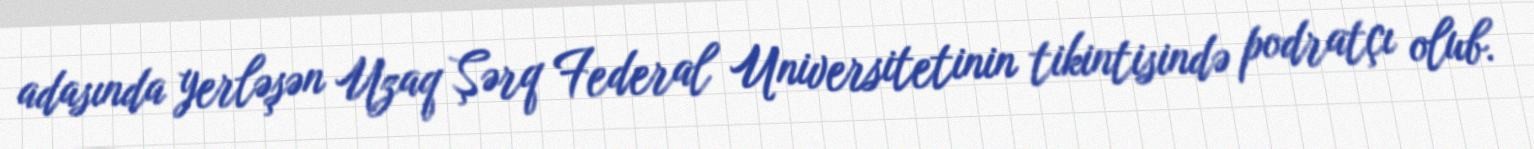
adasında yerləşən Uzaq Şərq Federal Universitetinin tikintisində podratçı olub.